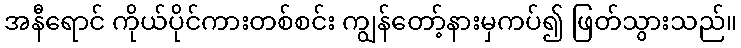
အနီရောင် ကိုယ်ပိုင်ကားတစ်စင်း ကျွန်တော့်နားမှကပ်၍ ဖြတ်သွားသည်။